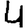
Digit: 4